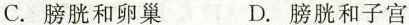
C.膀胱和卵巢 D.膀胱和子宫